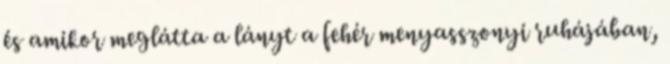
és amikor meglátta a lányt a fehér menyasszonyi ruhájában,